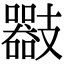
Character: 𢻪